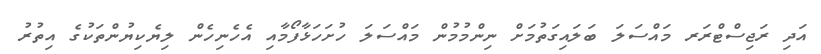
އަދި ރަޖިސްޓްރަރ މައްސަލަ ބަލައިގަތުމަށް ނިންމުމުން މައްސަލަ ހުށަހަޅާފޯމާއި އެހެނިހެން ލިޔެކިޔުންތަކުގެ އިތުރު